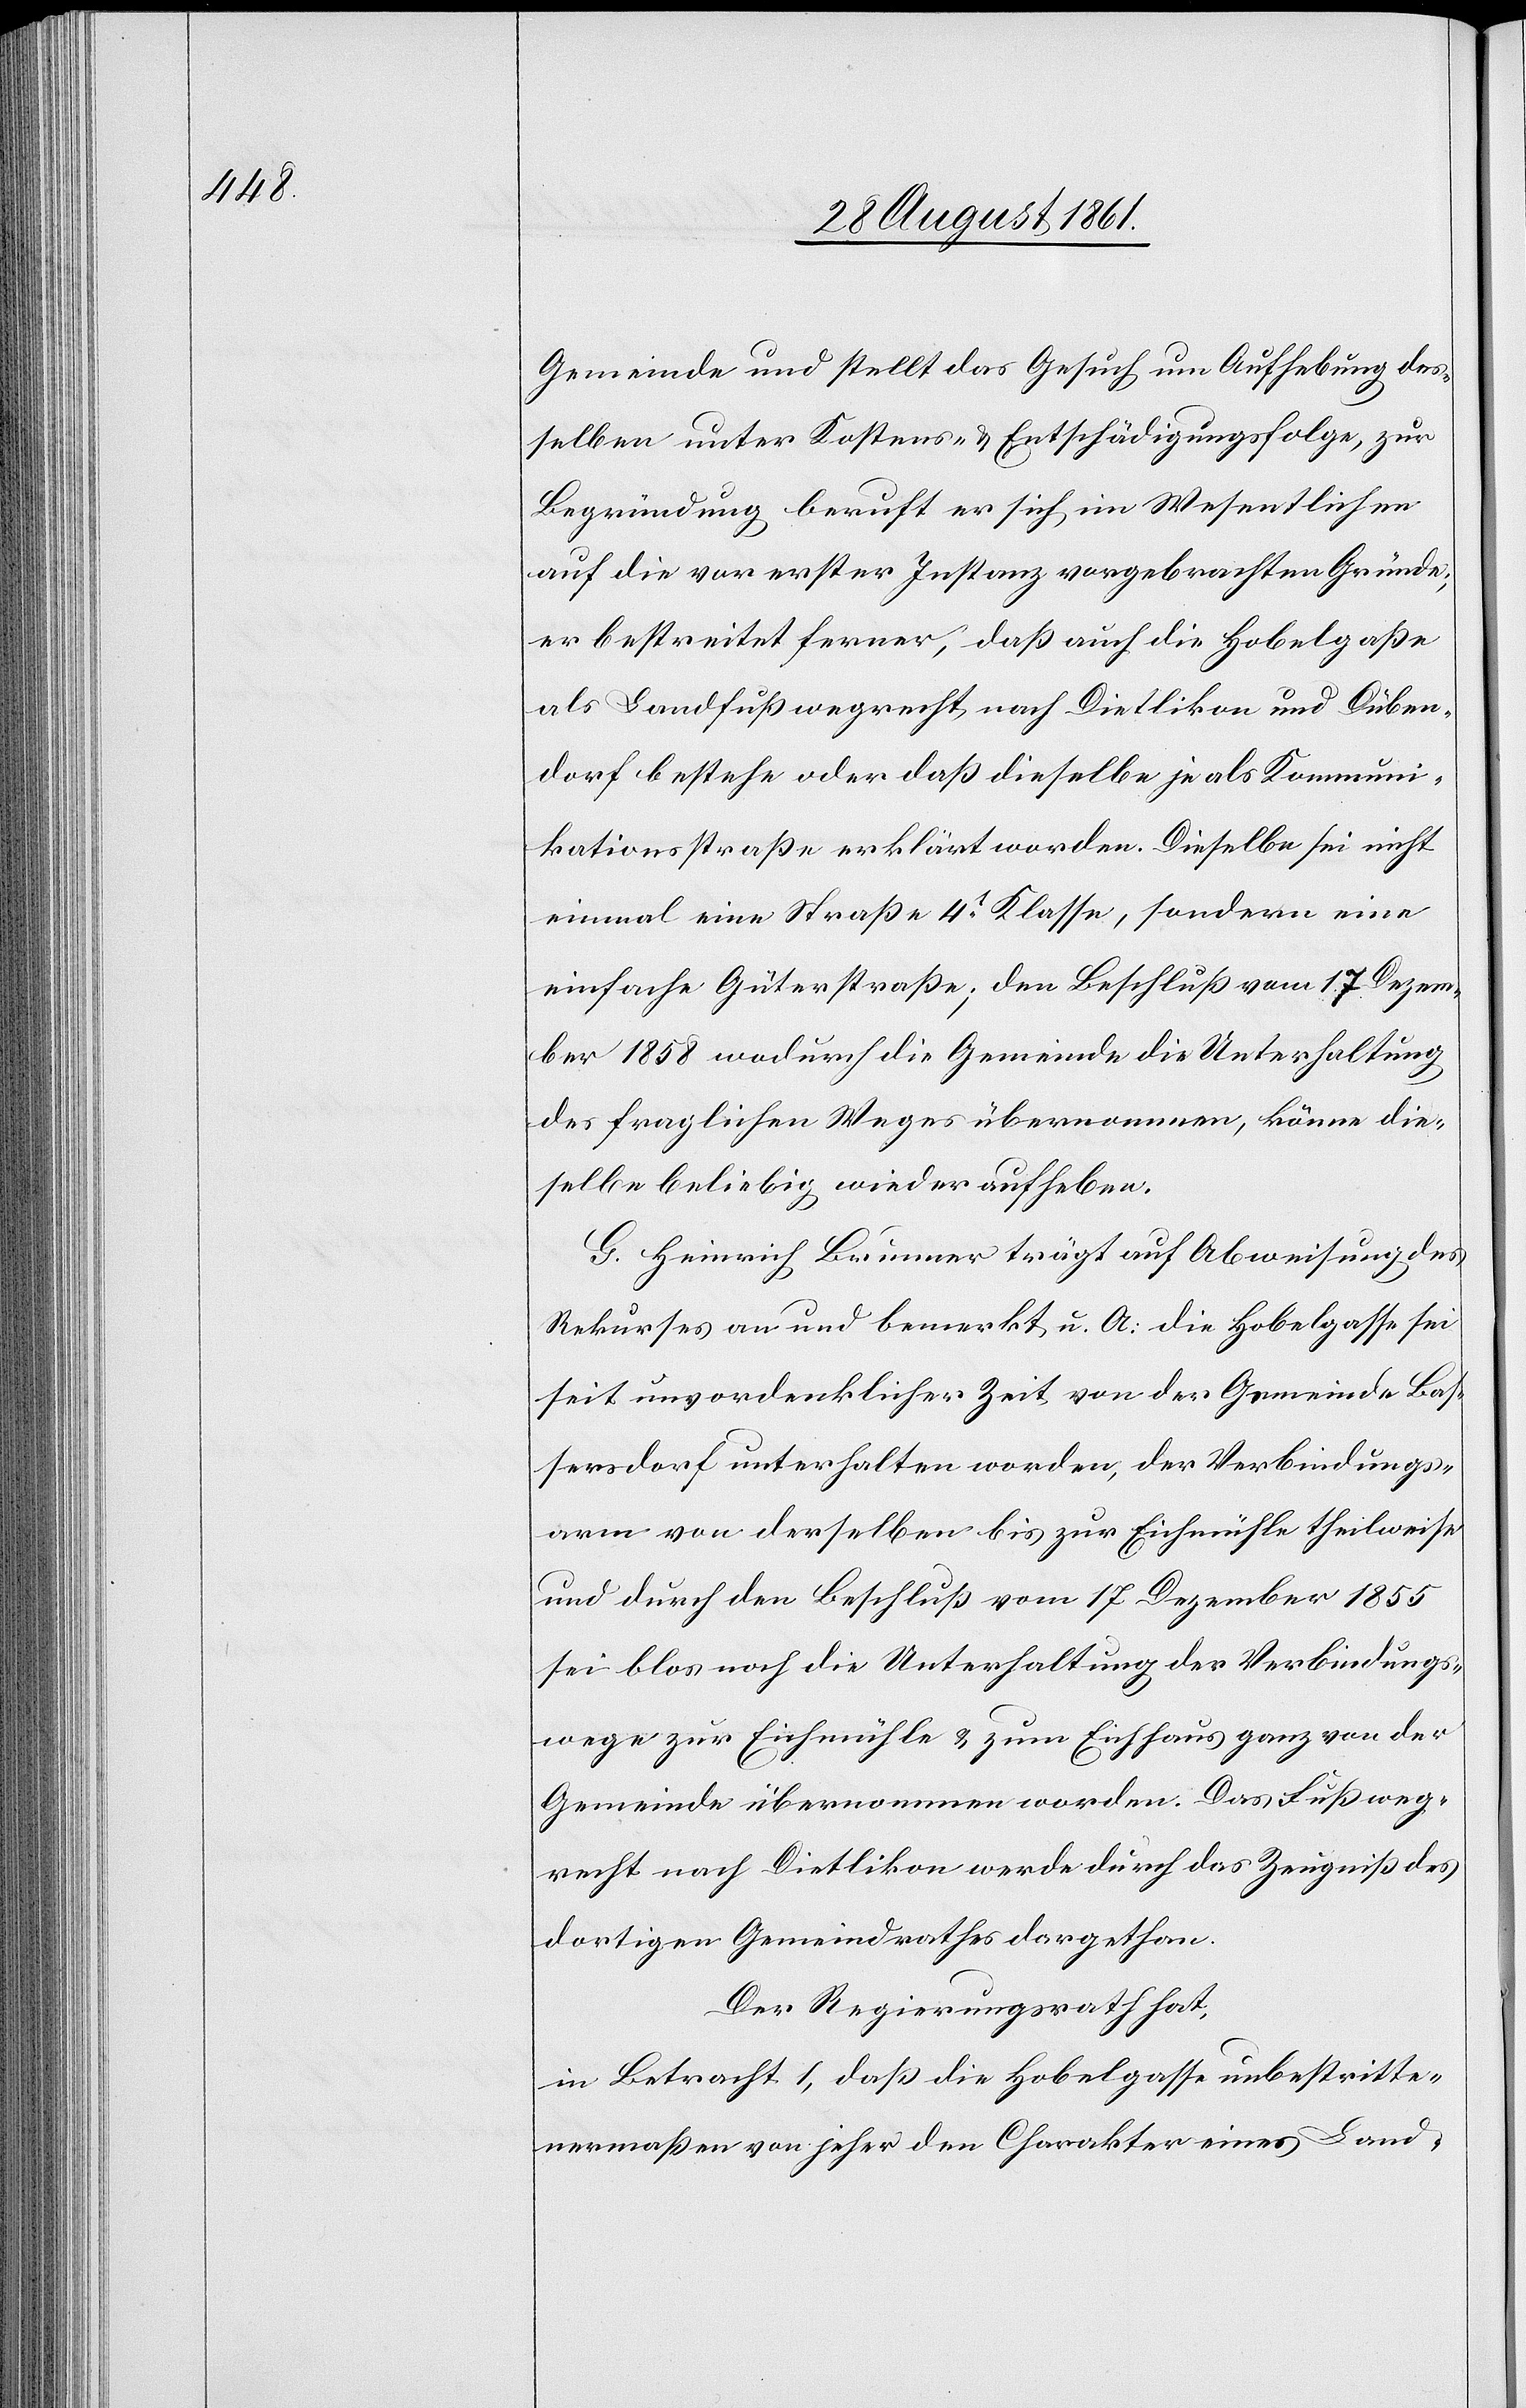
Gemeinde und stellt das Gesuch um Aufhebung des¬
selben unter Kostens- u. Entschädigungsfolge, zur
Begründung beruft er sich im Wesentlichen
auf die vor erster Instanz vorgebrachten Gründe;
er bestreitet ferner, daß auch die Hobelgaße
als Landfußwegrecht nach Dietlikon und Düben¬
dorf bestehe oder daß dieselbe je als Kommuni¬
kationsstraße erklärt werden. Dieselbe sei nicht
einmal eine Straße 4t Klasse, sondern eine
einfache Güterstraße; den Beschluß vom 17 Dezem¬
ber 1858 wodurch die Gemeinde die Unterhaltung
des fraglichen Weges übernommen, könne die¬
selbe beliebig wieder aufheben.
G. Heinrich Brunnerr trägt auf Abweisung des
Rekurses an und bemerkt u. A.: die Hobelgasse sei
seit unvordenklicher Zeit, von der Gemeinde Bas¬
sersdorf unterhalten worden, der Verbindungs¬
arm von derselben bis zur Eichmühle theilweise
und durch den Beschluß vom 17 Dezember 1855
sei blos noch die Unterhaltung der Verbindungs¬
wege zur Eichmühle u. zum Eichhaus ganz der
Gemeinde übernommen worden. Das Fußweg¬
recht nach Dietlikon werde durch das Zeugniß des
dortigen Gemeindrathes dargethan.
Der Regierungsrath hat,
in Betracht 1, daß die Hobelgaße unbestritte¬
nermaßen von jeher den Charakter eines Land-